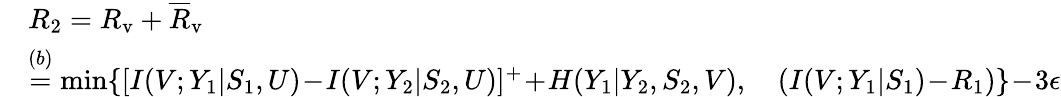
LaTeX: \begin{array}{rl}&{R_{2}=R_{\mathrm{v}}+\overline{{R}}_{\mathrm{v}}}\\ &{\overset{(b)}{=}\operatorname*{min}\{ [I(V;Y_{1}|S_{1},U)\! -\! I(V;Y_{2}|S_{2},U)]^{+}\! +\! H(Y_{1}|Y_{2},S_{2},V),\quad(I(V;Y_{1}|S_{1})\! -\! R_{1})\} \! -\! 3\epsilon}\end{array}